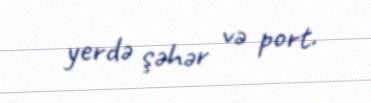
yerdə şəhər və port.